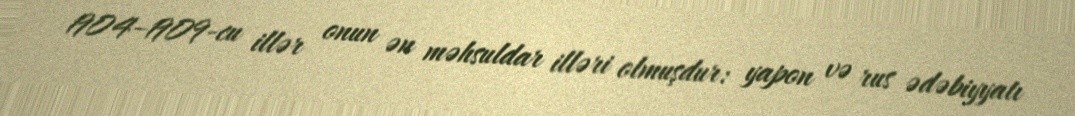
1904–1909-cu illər onun ən məhsuldar illəri olmuşdur: yapon və rus ədəbiyyatı